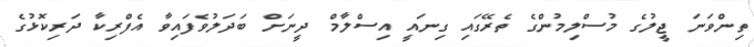
ތިންވަނަ ޖީލުގެ މުސްލިމުންގެ ތެރޭގައި ގިނައީ އިސްލާމް ދީނަށް ބަދަލުވެފައިވާ އެފްރިކާ ދަރިކޮޅުގެ